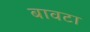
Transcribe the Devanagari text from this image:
बावटा